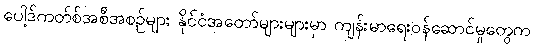
ပေါ့ဒ်ကတ်စ်အစီအစဉ်များ နိုင်ငံအတော်များများမှာ ကျန်းမာရေးဝန်ဆောင်မှုတွေက